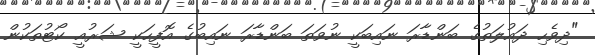
"ދިވެހި ދައުލަތުގެ ބަންޑާރަ ނައިބަކީ ނުވަތަ ބަންޑާރަ ނައިބުގެ އޮފީހަކީ ޝަރުއީ ކޯޓުތަކުން